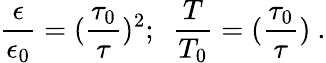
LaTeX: {\frac{\epsilon}{\epsilon_{0}}}=({\frac{\tau_{0}}{\tau}})^{2};~~{\frac{T}{T_{0}}}=({\frac{\tau_{0}}{\tau}})~.